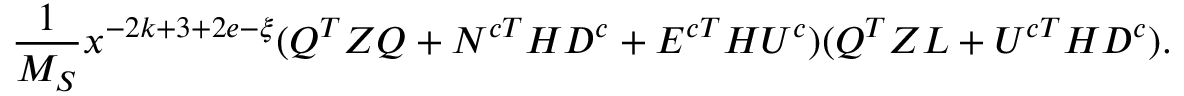
\frac { 1 } { M _ { S } } x ^ { - 2 k + 3 + 2 e - \xi } ( Q ^ { T } Z Q + N ^ { c T } H D ^ { c } + E ^ { c T } H U ^ { c } ) ( Q ^ { T } Z L + U ^ { c T } H D ^ { c } ) .